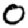
Digit: 0